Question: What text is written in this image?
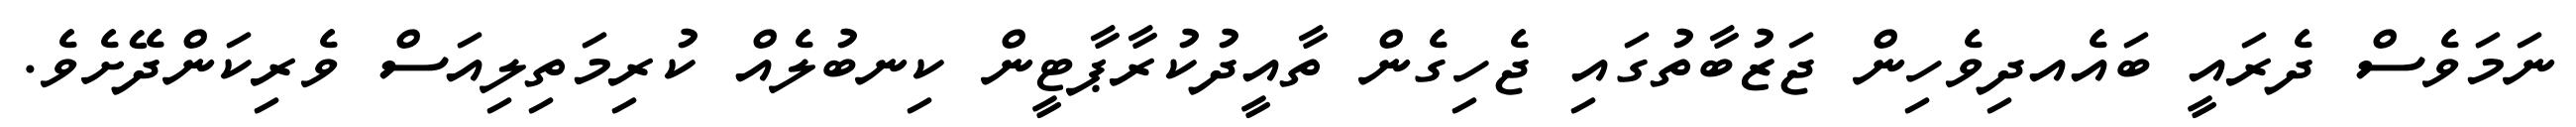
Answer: ނަމަވެސް ދެރައީ ބައެއދިވެހިން ޖަޒުބާތުގައި ޖެހިގެން ތާއީދުކުރާޕާޓީން ކިނބުލެއް ކުރިމަތިލިއަސް ވެރިކަންދޭށެވެ.